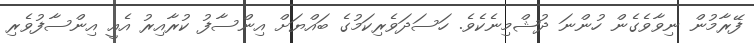
ފޭރާމުން ނިވާވެގެން ހުންނަ ދުޝްމިނެކެވެ. ހަސަދަވެރިކަމުގެ ބައްޔަށް އިންސާފު ކުރާއިރު އެއީ އިންސާފުވެރި